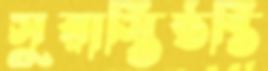
সুরাস্তিষ্ঠন্তি